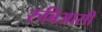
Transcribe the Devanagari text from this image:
रुबिआसी